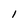
Character: l